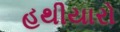
હથીયારો